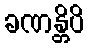
ခဏန္တိပိ